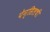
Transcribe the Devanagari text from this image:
पेन्सिलची